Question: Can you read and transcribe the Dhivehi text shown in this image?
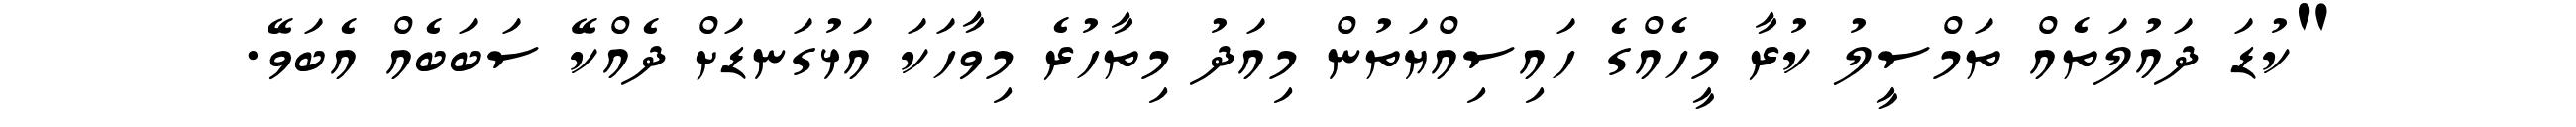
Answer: "ކުޑަ ދައުލަތެއް ތަމްސީލު ކުރާ މީހެއްގެ ހައިސިއްޔަތުން މިއަދު މިތާހުރެ މިވާހަކަ އަޅުގަނޑަށް ދެއްކޭ ސަބަބެއް އެބަވޭ.